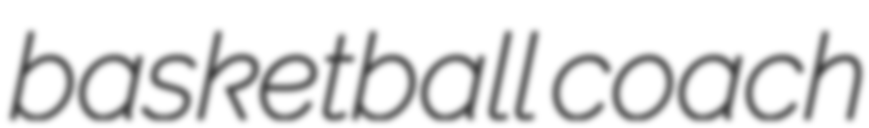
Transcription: basketball coach